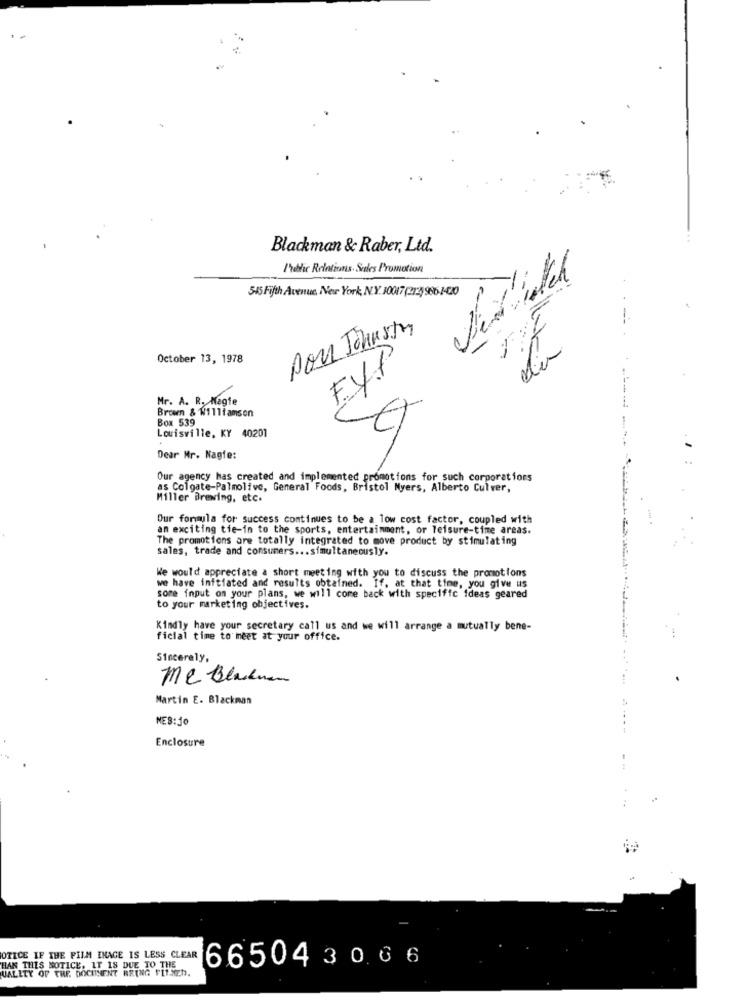
Blackman & Raber, Ltd.
I'dtic Relations. Sales Promotion
545 Fifth Avenue, New York, NY. 10017(212) 986-1-20
--
Pou Johnstr
31
October 13, 1978
Mr. A. R. Magie
Brown & W1111amson
Box 539
Louisville, KY 40201
Dear Mr. Nagle:
Our agency has created and implemented promotions for such corporations
as Colgate-Palmolive, General Foods, Bristol Myers, Alberto Culver,
Miller Brewing, etc.
Our formula for success continues to be a low cost factor, coupled with
an exciting tie-in to the sports, entertainment, or leisure-time areas.
The promotions are totally integrated to move product by stimulating
sales, trade and consumers ... simultaneously.
We would appreciate a short meeting with you to discuss the promotions
we have initiated and results obtained. If, at that time, you give us
some input on your plans, we will come back with specific ideas geared
to your marketing objectives.
Kindly have your secretary call us and we will arrange a mutually bene-
ficial time to meet at your office.
Sincerely,
me Bladene
.
Martin E. Blackman
MES:50
Enclosure
OTICE IF THE FILM INAGE IS LESS CLEAR
665043066
HAN THIS NOTICE, IT 18 DUE TO THE
UALITY OF THE DOCUMENT BRING FILMEN.